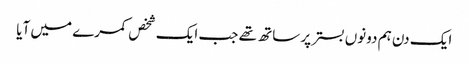
ایک دن ہم دونوں بستر پر ساتھ تھے جب ایک شخص کمرے میں آیا